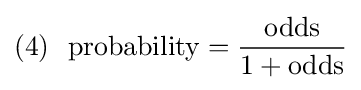
{\begin{aligned}(4)\ {\text{ probability}}={\frac {\text{odds}}{1+{\text{odds}}}}\end{aligned}}